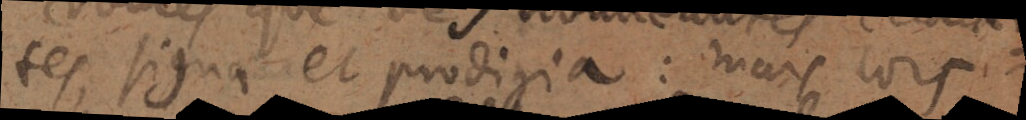
te, signa et prodigia : mais lors